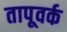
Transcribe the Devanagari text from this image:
तापूवर्क